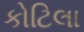
કોટિલા